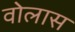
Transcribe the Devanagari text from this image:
वोलास